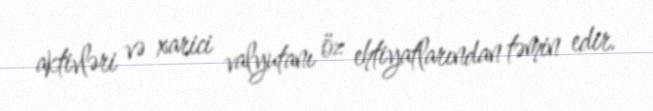
aktivləri və xarici valyutanı öz ehtiyatlarından təmin edir.